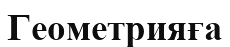
Геометрияға